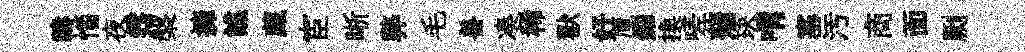
禱惱夜霑槃擁譙藏宦晰弊毛善凑稀獸好厘鈿換嗟蒲玦喟塞汚商靣劂